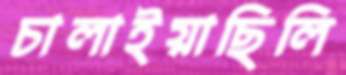
চালাইয়াছিলি